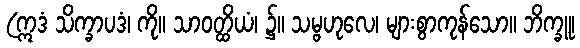
(ဣဒံ သိက္ခာပဒံ၊ ကို။ သာဝတ္ထိယံ၊ ၌။ သမ္ဗဟုလေ၊ များစွာကုန်သော။ ဘိက္ခူ၊